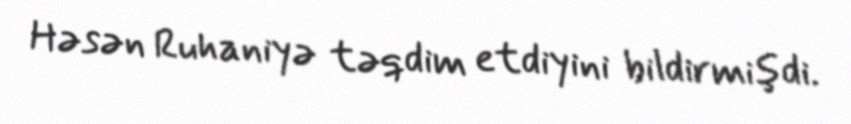
Həsən Ruhaniyə təqdim etdiyini bildirmişdi.